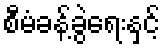
စီမံခန့်ခွဲရေးနှင့်